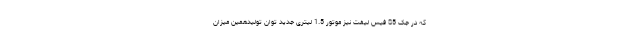
که در جک S5 فیس لیفت نیز موتور 1.5 لیتری جدید توان تولیدهمین میزان